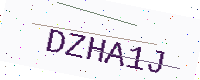
Text: DZHA1J